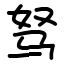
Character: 驽